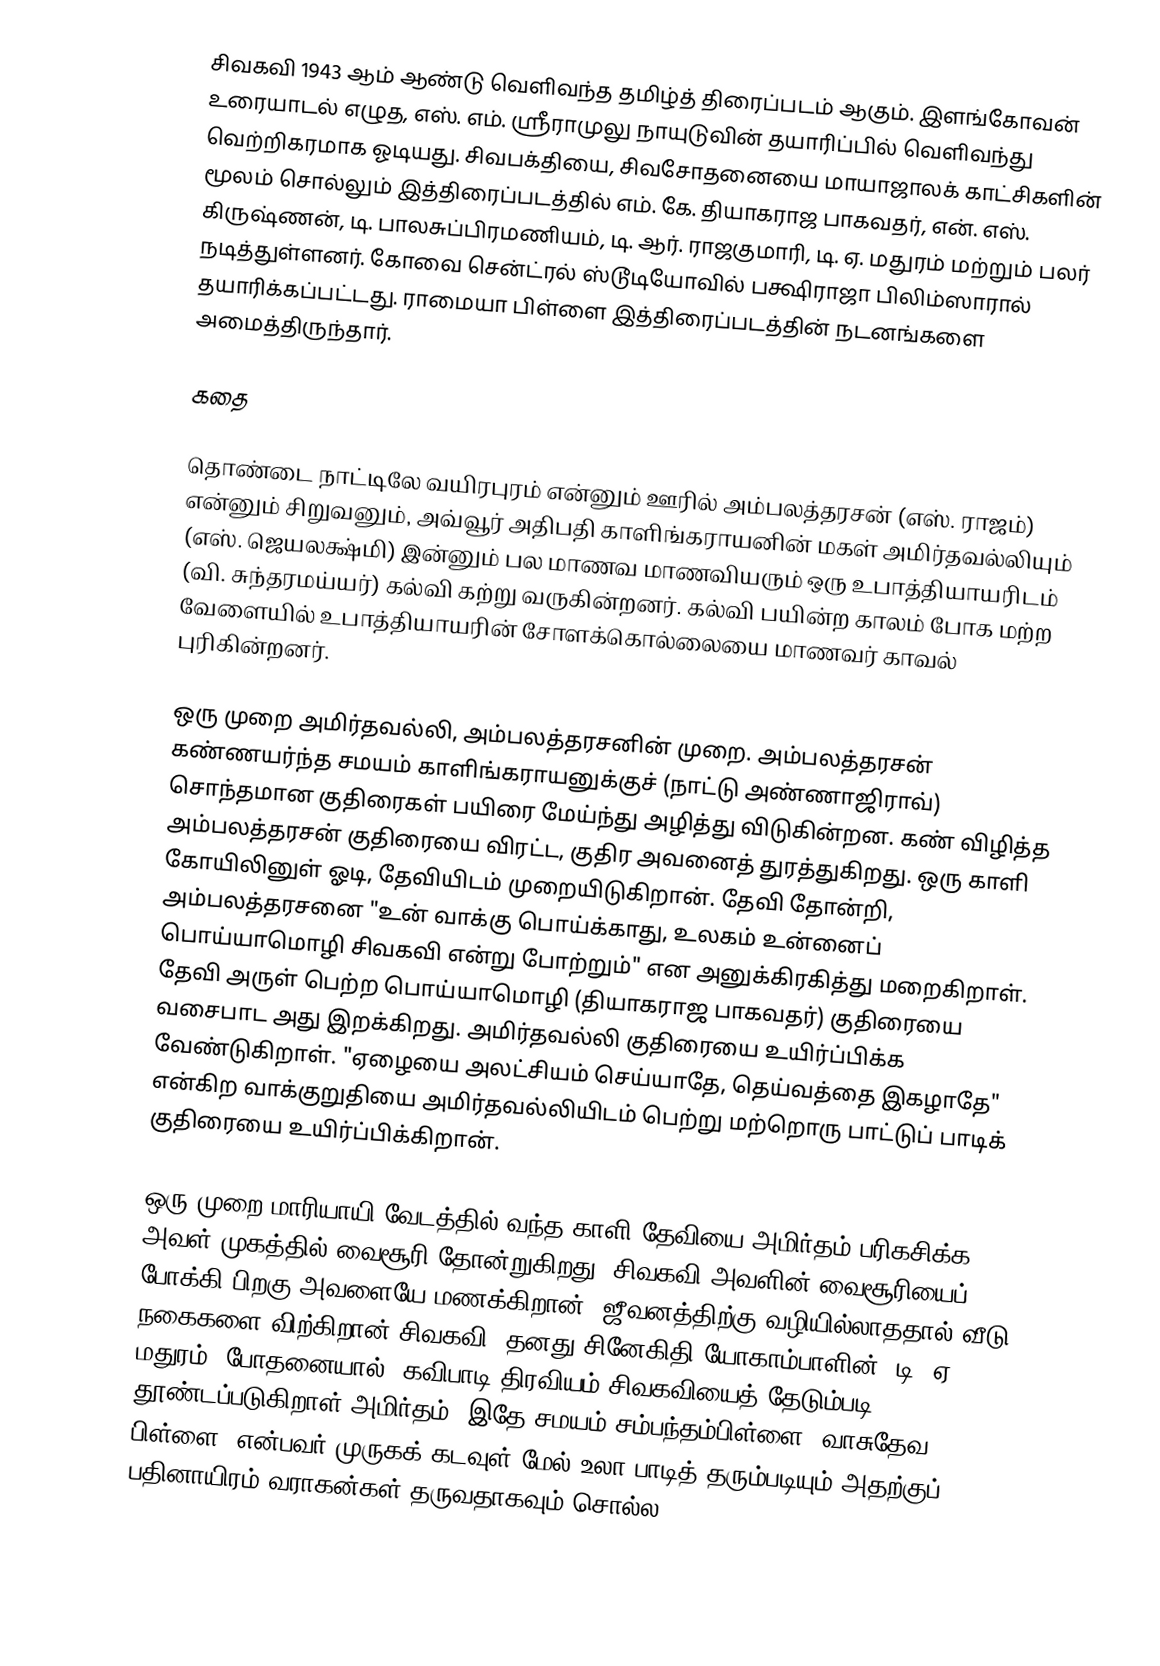
சிவகவி 1943 ஆம் ஆண்டு வெளிவந்த தமிழ்த் திரைப்படம் ஆகும். இளங்கோவன் உரையாடல் எழுத, எஸ். எம். ஸ்ரீராமுலு நாயுடுவின் தயாரிப்பில் வெளிவந்து வெற்றிகரமாக ஓடியது.  சிவபக்தியை, சிவசோதனையை மாயாஜாலக் காட்சிகளின் மூலம் சொல்லும் இத்திரைப்படத்தில் எம். கே. தியாகராஜ பாகவதர், என். எஸ். கிருஷ்ணன், டி. பாலசுப்பிரமணியம், டி. ஆர். ராஜகுமாரி, டி. ஏ. மதுரம் மற்றும் பலர் நடித்துள்ளனர். கோவை சென்ட்ரல் ஸ்டூடியோவில் பக்ஷிராஜா பிலிம்ஸாரால் தயாரிக்கப்பட்டது. ராமையா பிள்ளை இத்திரைப்படத்தின் நடனங்களை அமைத்திருந்தார்.

கதை

தொண்டை நாட்டிலே வயிரபுரம் என்னும் ஊரில் அம்பலத்தரசன் (எஸ். ராஜம்) என்னும் சிறுவனும், அவ்வூர் அதிபதி காளிங்கராயனின் மகள் அமிர்தவல்லியும் (எஸ். ஜெயலக்ஷ்மி) இன்னும் பல மாணவ மாணவியரும் ஒரு உபாத்தியாயரிடம் (வி. சுந்தரமய்யர்) கல்வி கற்று வருகின்றனர். கல்வி பயின்ற காலம் போக மற்ற வேளையில் உபாத்தியாயரின் சோளக்கொல்லையை மாணவர் காவல் புரிகின்றனர்.

ஒரு முறை அமிர்தவல்லி, அம்பலத்தரசனின் முறை. அம்பலத்தரசன் கண்ணயர்ந்த சமயம் காளிங்கராயனுக்குச் (நாட்டு அண்ணாஜிராவ்) சொந்தமான குதிரைகள் பயிரை மேய்ந்து அழித்து விடுகின்றன. கண் விழித்த அம்பலத்தரசன் குதிரையை விரட்ட, குதிர அவனைத் துரத்துகிறது. ஒரு காளி கோயிலினுள் ஓடி, தேவியிடம் முறையிடுகிறான். தேவி தோன்றி, அம்பலத்தரசனை "உன் வாக்கு பொய்க்காது, உலகம் உன்னைப் பொய்யாமொழி சிவகவி என்று போற்றும்" என அனுக்கிரகித்து மறைகிறாள். தேவி அருள் பெற்ற பொய்யாமொழி (தியாகராஜ பாகவதர்) குதிரையை வசைபாட அது இறக்கிறது. அமிர்தவல்லி குதிரையை உயிர்ப்பிக்க வேண்டுகிறாள். "ஏழையை அலட்சியம் செய்யாதே, தெய்வத்தை இகழாதே" என்கிற வாக்குறுதியை அமிர்தவல்லியிடம் பெற்று மற்றொரு பாட்டுப் பாடிக் குதிரையை உயிர்ப்பிக்கிறான்.

ஒரு முறை மாரியாயி வேடத்தில் வந்த காளி தேவியை அமிர்தம் பரிகசிக்க, அவள் முகத்தில் வைசூரி தோன்றுகிறது. சிவகவி அவளின் வைசூரியைப் போக்கி பிறகு அவளையே மணக்கிறான். ஜீவனத்திற்கு வழியில்லாததால் வீடு, நகைகளை விற்கிறான் சிவகவி. தனது சினேகிதி யோகாம்பாளின் (டி. ஏ. மதுரம்) போதனையால், கவிபாடி திரவியம் சிவகவியைத் தேடும்படி தூண்டப்படுகிறாள் அமிர்தம். இதே சமயம் சம்பந்தம்பிள்ளை (வாசுதேவ பிள்ளை) என்பவர் முருகக் கடவுள் மேல் உலா பாடித் தரும்படியும் அதற்குப் பதினாயிரம் வராகன்கள் தருவதாகவும் சொல்ல